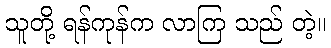
သူတို့ ရန်ကုန်က လာကြ သည် တဲ့။